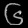
Digit: ၆